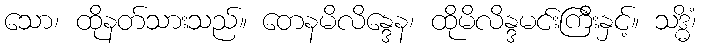
သော၊ ထိုနတ်သားသည်။ တေနမိလိန္ဒေန၊ ထိုမိလိန္ဒမင်းကြီးနှင့်။ သဒ္ဓိံ၊